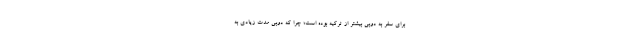
برای سفر به دوبی بیشتر از ترکیه بوده است؛ چرا که دوبی مدت زیادی به